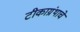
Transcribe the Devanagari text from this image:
टीकाग्रंथाचे